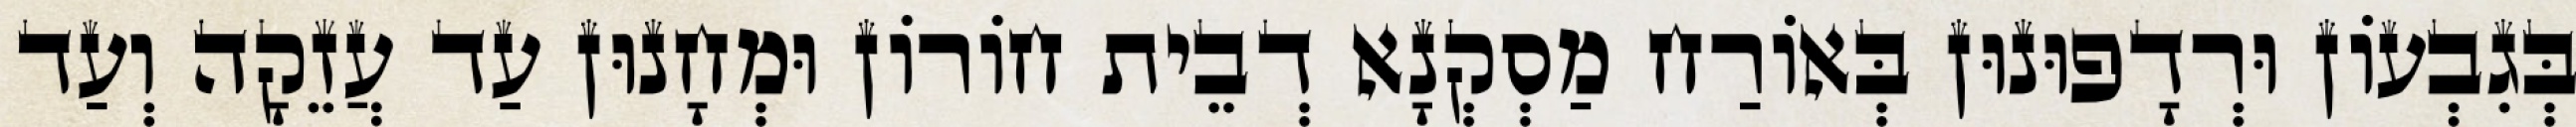
בְּגִבְעוֹן וּרְדָפוּנוּן בְּאוֹרַח מַסְקְנָא דְבֵית חוֹרוֹן וּמְחָנוּן עַד עֲזֵקָה וְעַד